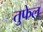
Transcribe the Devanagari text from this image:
तुफेल